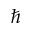
\hslash